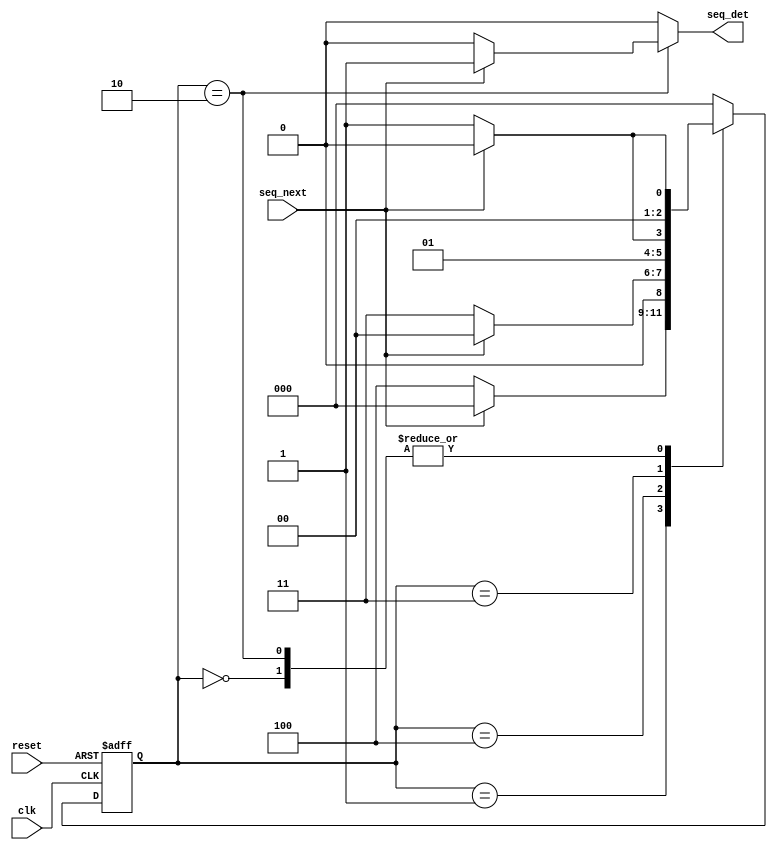
//MEALY SEQUENCE DETECTOR FSM FOR THE SEQUENCE '00011'
module Seq_Det_FSM
    // I/O
    (
    input wire clk, reset, seq_next,
    output wire seq_det
    );
    
    // LOCAL PARAMETERS FOR EACH STATE IN THE FSM
    localparam A = 3'b000,
               B = 3'b001,
               C = 3'b100,
               D = 3'b011,
               E = 3'b010;
    
    // STATE REG DECLARATIONS
    reg [2:0] state_curr, state_next;
    reg temp;
    // STATE REGISTER
    always @(posedge clk, posedge reset)
        if (reset)
                state_curr <= A; // IF RESET IS HIGH, RETURN TO RESET STATE A
        else
            state_curr <= state_next; // OTHERWISE MOVE TO NEXT STATE USING STATE LOGIC BELOW
            
    // NEXT STATE AND OUTPUT LOGIC
    always@*
        begin
            state_next = state_curr; // BY DEFAULT, NEXT STATE = CURRENT STATE
            temp = 1'b0; // UNLESS SEQUENCE IS FOUND, OUTPUT IS LOW
            
            case(state_curr)
                // STATE A, RESET STATE
                A:
                begin
                    if(seq_next == 0) // IF NEXT BIT IS 0
                        state_next <= B; // MOVE TO STATE B
                    else // ELSE NEXT BIT IS 1
                        state_next <= A; // STAY AT STATE A 
                end
                // STATE B
                B:
                begin
                    if(seq_next == 0) // IF NEXT BIT IS 0
                        state_next <= C; // MOVE TO STATE C
                    else //ELSE NEXT BIT IS 1
                        state_next <= A; // BACK TO STATE A
                end
                // STATE C
                C:
                begin
                    if (seq_next == 0) // IF NEXT BIT IS 0
                        state_next <= D;    // MOVE TO STATE D
                    else // ELSE NEXT BIT IS 1
                        state_next <=A; // BACK TO STATE A
                end
                // STATE D
                D:
                begin
                    if (seq_next == 1) // IF NEXT BIT IS 1
                        state_next <= E; // MOVE TO STATE E
                    else // ELSE NEXT BIT IS 0
                        state_next <= D; // STAY AT STATE D
                end
                // STATE E
                E:
                begin
                    if(seq_next == 1) // IF NEXT BIT IS 1
                        begin 
                        state_next <= A; // RESET TO STATE A
                        temp = 1'b1; // OUTPUT IS HIGH
                        end
                    else // ELSE NEXT BIT IS 0
                        state_next <= B; // BACK TO STATE A
                end
                // DEFAULT CASE STATE
                default:
                    state_next = A; // DEFAULT IS RESET STATE
            endcase
        end
        
        assign seq_det = temp;
endmodule